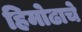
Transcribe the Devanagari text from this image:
हिमोढाचे